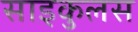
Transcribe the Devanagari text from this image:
साइकुलस